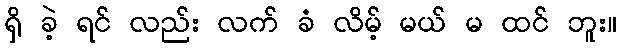
ရှိ ခဲ့ ရင် လည်း လက် ခံ လိမ့် မယ် မ ထင် ဘူး။